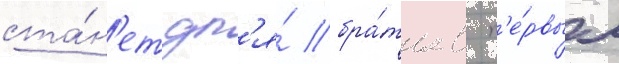
ста́н'ет дл'я́ бра́тьев п'е́рвым